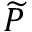
\widetilde P